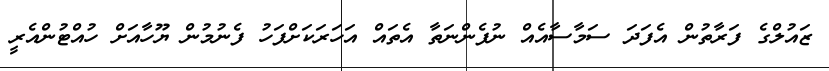
ޒައުލްގެ ފަރާތުން އެފަދަ ސަމާސާއެއް ނުފެންނަތާ އެތައް އަހަރަކަށްފަހު ފެނުމުން ޔޫހާއަށް ހުއްޓުންއެރީ